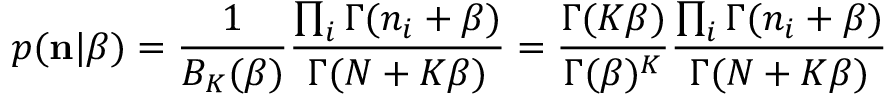
p ( { \bf n } | \beta ) = \frac { 1 } { B _ { K } ( \beta ) } \frac { \prod _ { i } \Gamma ( n _ { i } + \beta ) } { \Gamma ( N + K \beta ) } = \frac { \Gamma ( K \beta ) } { \Gamma ( \beta ) ^ { K } } \frac { \prod _ { i } \Gamma ( n _ { i } + \beta ) } { \Gamma ( N + K \beta ) }